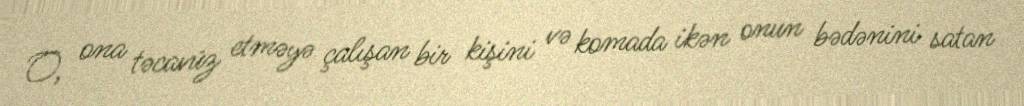
O, ona təcavüz etməyə çalışan bir kişini və komada ikən onun bədənini satan